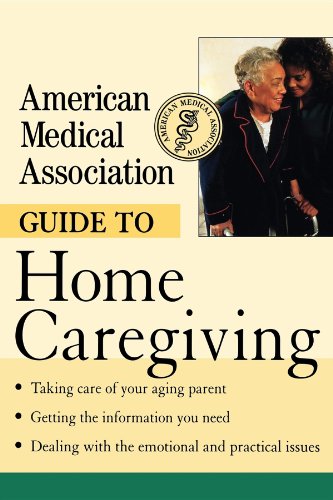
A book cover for American Medical Association Guide to Home Caregiving; American Medical Association; Medical Books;